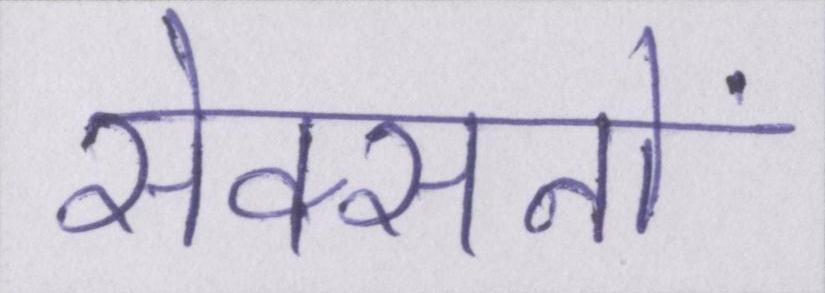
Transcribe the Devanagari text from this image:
सेक्सनों